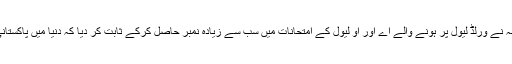
تعلیم کے شعبہ میں پاکستانی ہونہار طلبہ نے ورلڈ لیول پر ہونے والے اے اور او لیول کے امتحانات میں سب سے زیادہ نمبر حاصل کرکے ثابت کر دیا کہ دنیا میں پاکستانی طلبہ کا ”آئی کیو“ سب سے زیادہ ہے۔